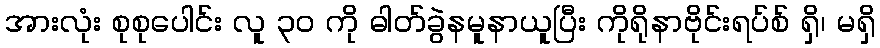
အားလုံး စုစုပေါင်း လူ ၃၀ ကို ဓါတ်ခွဲနမူနာယူပြီး ကိုရိုနာဗိုင်းရပ်စ် ရှိ၊ မရှိ